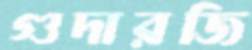
গুদারজি